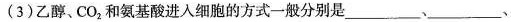
(3)乙醇、CO_{2}和氨基酸进入细胞的方式一般分别是___,___,